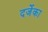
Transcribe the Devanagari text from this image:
दर्जेका